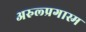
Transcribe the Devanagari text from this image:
अरुल्प्रगास्म